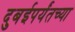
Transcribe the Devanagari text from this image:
दुबईपर्यंतच्या